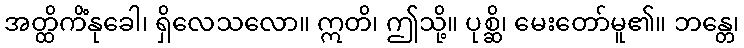
အတ္ထိကိံနုခေါ၊ ရှိလေသလော။ ဣတိ၊ ဤသို့။ ပုစ္ဆိ၊ မေးတော်မူ၏။ ဘန္တေ၊